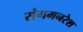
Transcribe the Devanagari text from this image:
संगमनरेश